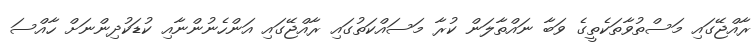
ރާއްޖޭގައި މަސްތުވާތަކެތީގެ ވަބާ ނައްތާލަން ކުރާ މަސައްކަތުގައި ރާއްޖޭގައި އަންހެނުންނާއި ކުޑަކުދިންނަށް ހާއްސަ